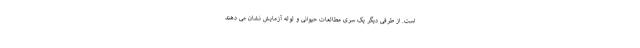
است. از طرفی دیگر یک سری مطالعات حیوانی و لوله‌ آزمایش نشان می‌ دهند